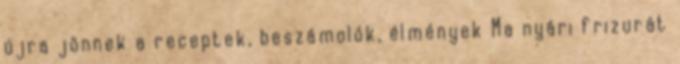
újra jönnek a receptek, beszámolók, élmények Ma nyári frizurát